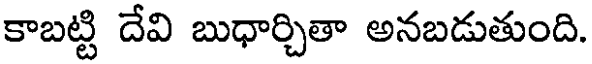
కాబట్టి దేవి బుధార్చితా అనబడుతుంది.